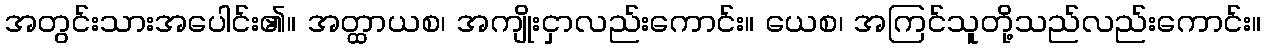
အတွင်းသားအပေါင်း၏။ အတ္ထာယစ၊ အကျိုးငှာလည်းကောင်း။ ယေစ၊ အကြင်သူတို့သည်လည်းကောင်း။